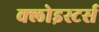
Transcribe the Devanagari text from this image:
क्लोइस्टर्स